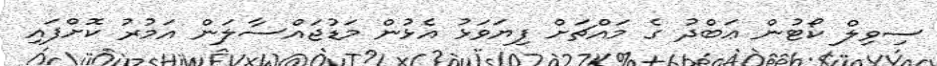
ސިވިލް ކޯޓުން ޢަބްދު ގެ މައްޗަށް ފިޔަވަޅު އެޅުން މަޑުޖައްސާލަން އަމުރު ކޮށްފައި